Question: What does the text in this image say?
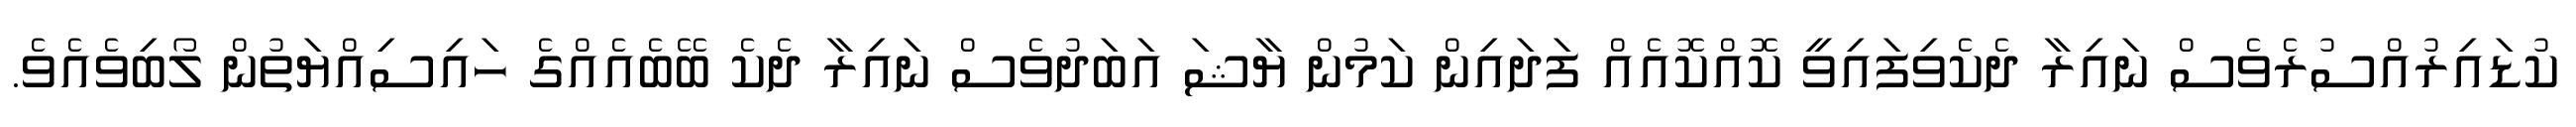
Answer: ކުޑައިރުއްސުރެވެސް ނައިރާ ދެކެވިފައިވީ ކޮއްކޮއެއް ފަދައިން ކަމުން ޔާޝަ އަބަދުވެސް ނައިރާ ދެކެ ބޭބެއެއްގެ ހައިސިއްޔަތުން ލޯބިވެއެވެ.